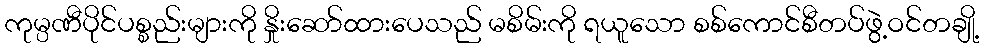
ကုမ္ပဏီပိုင်ပစ္စည်းများကို နှိုးဆော်ထားပေသည် မစိမ်းကို ရယူသော စစ်ကောင်စီတပ်ဖွဲ့ဝင်တချို့